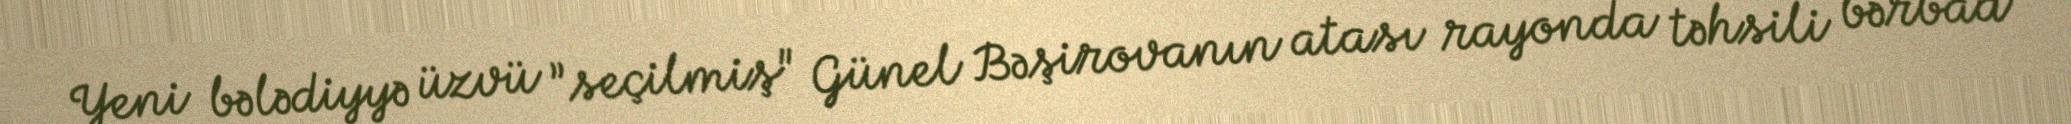
Yeni bələdiyyə üzvü ”seçilmiş" Günel Bəşirovanın atası rayonda təhsili bərbad